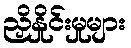
ညှိနှိုင်းမှုများ